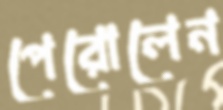
পেরোলেন